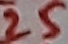
Text: 25